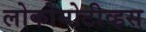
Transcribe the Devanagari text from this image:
लोकोमोटीव्हस